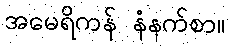
အမေရိကန် နံနက်စာ။